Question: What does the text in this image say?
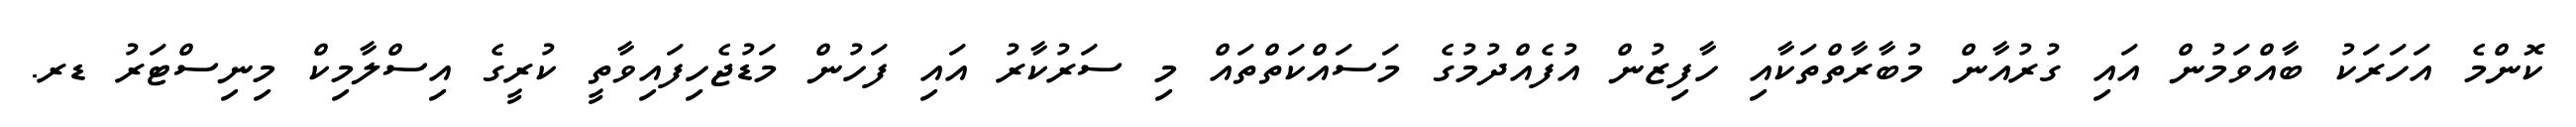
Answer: ކޮންމެ އަހަރަކު ބާއްވަމުން އައި ގުރުއާން މުބާރާތްތަކާއި ހާފިޒުން އުފެއްދުމުގެ މަސައްކަތްތައް މި ސަރުކާރު އައި ފަހުން މަޑުޖެހިފައިވާތީ ކުރީގެ އިސްލާމިކް މިނިސްޓަރު ޑރ.